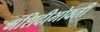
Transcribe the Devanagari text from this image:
मशिदीभोवती